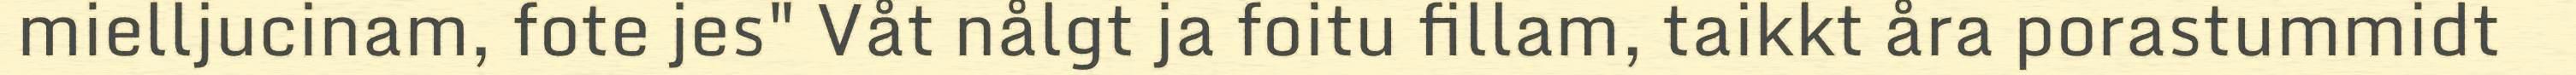
mielljucinam, fote jes" Våt nålgt ja foitu fillam, taikkt åra porastummidt